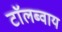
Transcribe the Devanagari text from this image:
टाॅलब्वाय